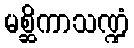
မစ္ဆိကာသဏ္ဍံ